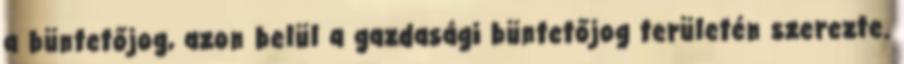
a büntetőjog, azon belül a gazdasági büntetőjog területén szerezte.